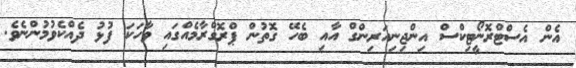
އެން އެސްޓްރޮނީޯޓިކްސް އިންޖިނިއަރިންގް އާއި ބެހޭ ގޮތުން ޕްރޮގްރާމެއްގައި ވާހަކަ ފުޅު ދެއްކެވުމުންނެވެ.